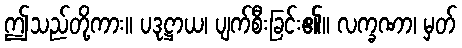
ဤသည်တို့ကား။ ပဒုဋ္ဌာယ၊ ပျက်စီးခြင်း၏။ လက္ခဏာ၊ မှတ်